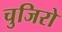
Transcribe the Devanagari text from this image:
चुजिरो